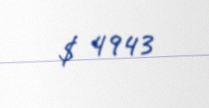
$ 4943